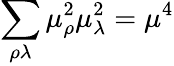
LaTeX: \sum_{\rho\lambda}\mu_{\rho}^{2}\mu_{\lambda}^{2}=\mu^{4}